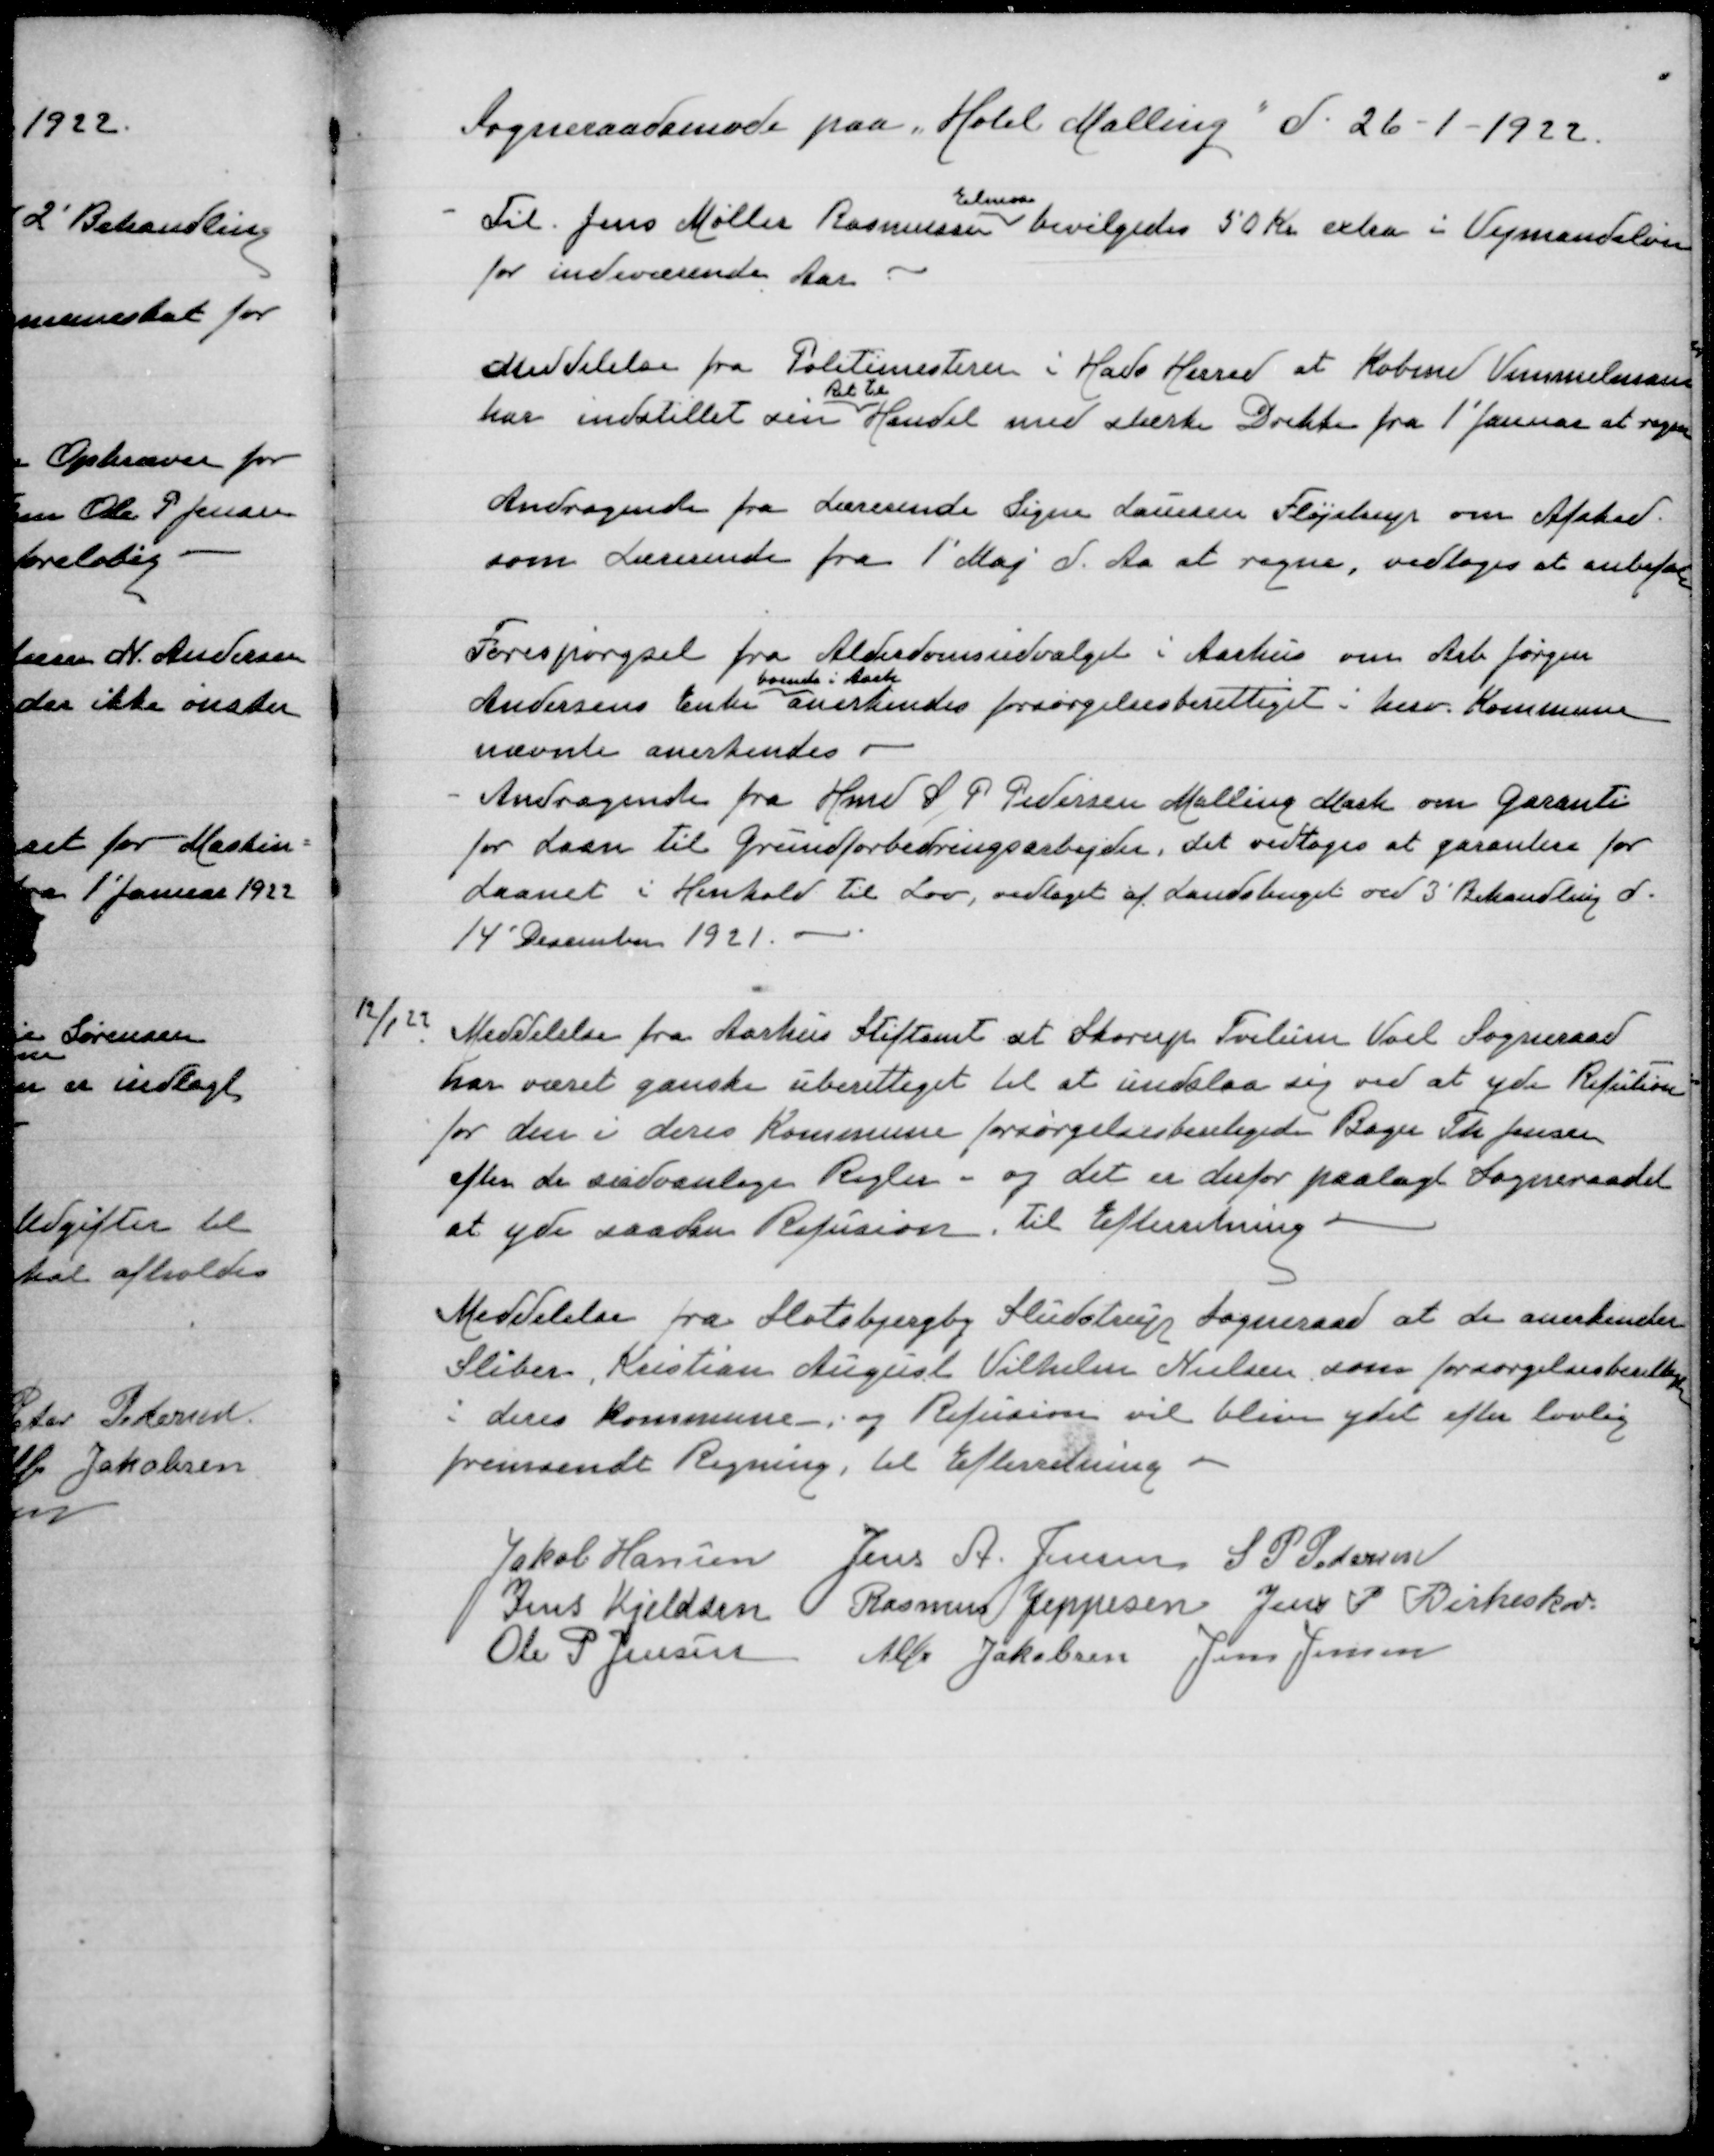
Transskription:
Sogneraadsmøde paa Hotel Malling d 26-1-1022

Elmose
Til Jens Møller Rasmussen bevilgedes 50 Kr extra i Vejmandsløn
for indeværense Aar

Meddelelse fra Politimesteren i Hads Herred af Købm Vimmelman
Ret til
har indstillet sin Handel med stærke Drikke fra 1' Januar at regne

Andragende fra Lærerinde Signe Laursen Fløjstrup om Afsked
som Lærerine fra 1' Maj d Aa at regne, vedtoges at anbefale

Forespørgsel fra Alderdomsudvalget i Aarhus om Arb. Jørgen
boende i Aarh
Andersens Enke anerkendes forsørgelsesberettiget i herv Kommune
nævnte anerkendes
Andragende fra Hmd S P Pedersen Malling Mark om Garanti
for Laan til Grundforbedringsarbejde, det vedtoges at garantere for
Laanet i Henhold til Lov, vedtaget af Landstinget ved 3' Behandling d
14' December 1921

12/1 22 Meddelelse fra Aarhus Stiftamt at Skorup Tvilum Voel Sogneraad

har været ganske uberettiget til at undslå sig ved at yde Refution
for den i deres Kommune forsørgelsesberettigede Bager Th Jensen
efter de sædvanlige Regler - og det er derfor paalagt Sogneraadet
at yde saadan Refusion, til Efterretning

Meddelelse fra Slotsbjergby Sludstrup Sogneraad at de anerkender
Sliber Kristian August Vilhelm Nielsen som forsørgelsesberettiget
i deres Kommune og Refusion vil blive ydet efter lovlig
fremsendt Regning, til Efterretning

Jakob Hansen
Jens A Jensen
S P Pedersen
Jens Kjeldsen
Rasmus Jeppesen
Jens P Birkeskov
Ole P Jensen
Alfr Jakobsen
Jens Jensen